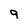
Character: 9